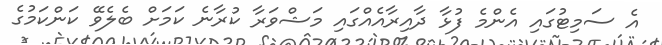
އެ ސަމިޓުގައި އެންމެ ފުޅާ ދާއިރާއެއްގައި މަޝްވަރާ ކުރާނެ ކަމަށް ބެލެވޭ ކަންކަމުގެ